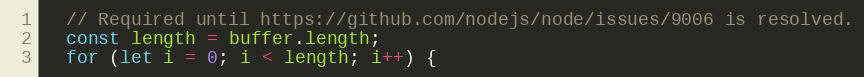
Language: JavaScript
  // Required until https://github.com/nodejs/node/issues/9006 is resolved.
  const length = buffer.length;
  for (let i = 0; i < length; i++) {